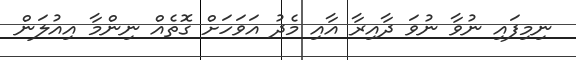
ނިމިފައި ނުވާ ނުވަ ދާއިރާ އާއި މެދު އަވަހަށް ގޮތެއް ނިންމާ އިއުލަން